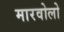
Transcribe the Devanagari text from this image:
मारवोलो